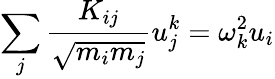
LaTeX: \sum_{j}\frac{K_{ij}}{\sqrt{m_{i}m_{j}}}u_{j}^{k}=\omega_{k}^{2}u_{i}